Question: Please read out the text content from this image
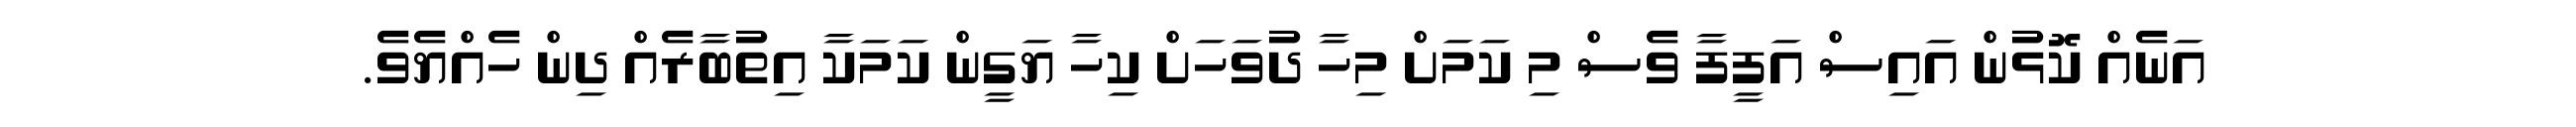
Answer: އަނެއް ކޮޅުން އައިސް އަފީފާ ވެސް މި ކަމަށް މިހާ ދުވަހަށް ކިހާ ޔަގީން ކަމަކާ އިތުބާރެއް ދިން ހެއްޔެވެ.